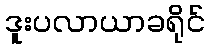
ဒူးပလာယာခရိုင်